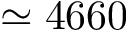
\simeq 4 6 6 0